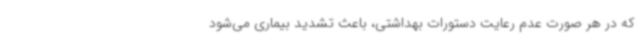
که در هر صورت عدم رعایت دستورات بهداشتی، باعث تشدید بیماری می‌شود